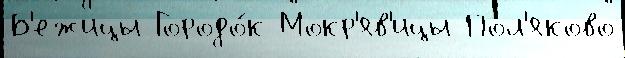
Б'ежицы Городо́к Мокр'яв'ицы Пол'яково